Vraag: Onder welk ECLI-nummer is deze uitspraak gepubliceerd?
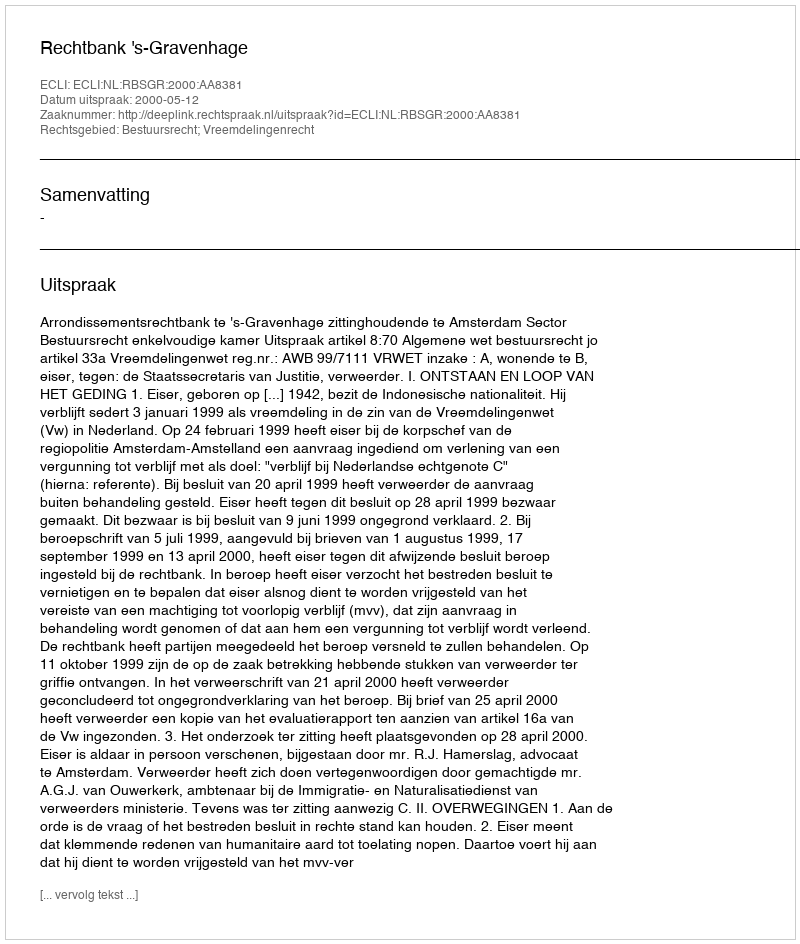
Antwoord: ECLI:NL:RBSGR:2000:AA8381